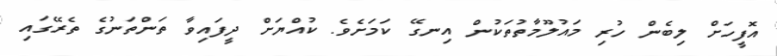
އޮފީހަށް ލިބެން ހުރި މައުލޫމާތުތަކުން އިނގޭ ކަމަށެވެ. ކުއްޔަށް ދީފައިވާ ތަންތަނުގެ ތެރޭގައި